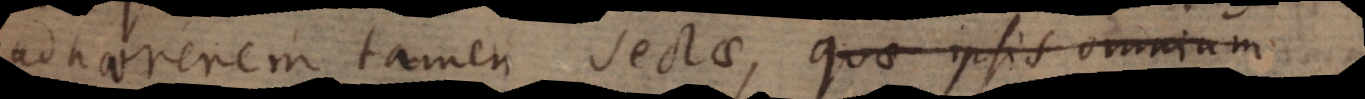
dhaererem tamen sectae, qua ipsis n